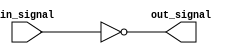
module open_drain_inverter (
    input wire in_signal,
    output reg out_signal
);

assign out_signal = ~in_signal;

endmodule